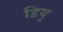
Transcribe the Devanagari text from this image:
डियु